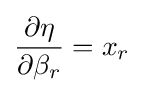
{\frac {\partial \eta }{\partial \beta _{r}}}=x_{r}